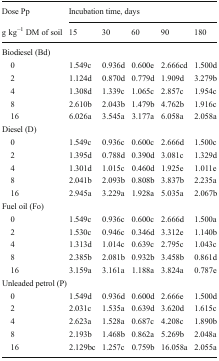
<table><thead><tr><td><b>Dose Pp</b></td><td colspan="5"><b>Incubation time, days</b></td></tr><tr><td><b>g kg<sup>−1</sup> DM of soil</b></td><td><b>15</b></td><td><b>30</b></td><td><b>60</b></td><td><b>90</b></td><td><b>180</b></td></tr></thead><tbody><tr><td colspan="6">Biodiesel (Bd)</td></tr><tr><td> 0</td><td>1.549c</td><td>0.936d</td><td>0.600e</td><td>2.666cd</td><td>1.500d</td></tr><tr><td> 2</td><td>1.124d</td><td>0.870d</td><td>0.779d</td><td>1.909d</td><td>3.279b</td></tr><tr><td> 4</td><td>1.308d</td><td>1.339c</td><td>1.065c</td><td>2.857c</td><td>1.954c</td></tr><tr><td> 8</td><td>2.610b</td><td>2.043b</td><td>1.479b</td><td>4.762b</td><td>1.916c</td></tr><tr><td> 16</td><td>6.026a</td><td>3.545a</td><td>3.177a</td><td>6.058a</td><td>2.058a</td></tr><tr><td colspan="6">Diesel (D)</td></tr><tr><td> 0</td><td>1.549c</td><td>0.936c</td><td>0.600c</td><td>2.666d</td><td>1.500c</td></tr><tr><td> 2</td><td>1.395d</td><td>0.788d</td><td>0.390d</td><td>3.081c</td><td>1.329d</td></tr><tr><td> 4</td><td>1.301d</td><td>1.015c</td><td>0.460d</td><td>1.925e</td><td>1.011e</td></tr><tr><td> 8</td><td>2.041b</td><td>2.093b</td><td>0.808b</td><td>3.837b</td><td>2.235a</td></tr><tr><td> 16</td><td>2.945a</td><td>3.229a</td><td>1.928a</td><td>5.035a</td><td>2.067b</td></tr><tr><td colspan="6">Fuel oil (Fo)</td></tr><tr><td> 0</td><td>1.549c</td><td>0.936c</td><td>0.600c</td><td>2.666d</td><td>1.500a</td></tr><tr><td> 2</td><td>1.530c</td><td>0.946c</td><td>0.346d</td><td>3.312e</td><td>1.140b</td></tr><tr><td> 4</td><td>1.313d</td><td>1.014c</td><td>0.639c</td><td>2.795c</td><td>1.043c</td></tr><tr><td> 8</td><td>2.385b</td><td>2.081b</td><td>0.932b</td><td>3.458b</td><td>0.861d</td></tr><tr><td> 16</td><td>3.159a</td><td>3.161a</td><td>1.188a</td><td>3.824a</td><td>0.787e</td></tr><tr><td colspan="6">Unleaded petrol (P)</td></tr><tr><td> 0</td><td>1.549d</td><td>0.936d</td><td>0.600d</td><td>2.666e</td><td>1.500d</td></tr><tr><td> 2</td><td>2.031c</td><td>1.535a</td><td>0.639d</td><td>3.620d</td><td>1.615c</td></tr><tr><td> 4</td><td>2.623a</td><td>1.528a</td><td>0.687c</td><td>4.208c</td><td>1.890b</td></tr><tr><td> 8</td><td>2.193b</td><td>1.468b</td><td>0.862a</td><td>5.269b</td><td>2.048a</td></tr><tr><td> 16</td><td>2.129bc</td><td>1.257c</td><td>0.759b</td><td>16.058a</td><td>2.055a</td></tr></tbody></table>